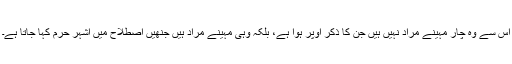
اِس سے وہ چار مہینے مراد نہیں ہیں جن کا ذکر اوپر ہوا ہے، بلکہ وہی مہینے مراد ہیں جنھیں اصطلاح میں اشہر حرم کہا جاتا ہے۔